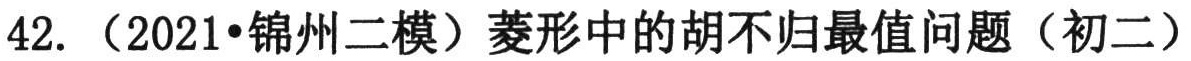
42. （2021•锦州二模）菱形中的胡不归最值问题（初二）